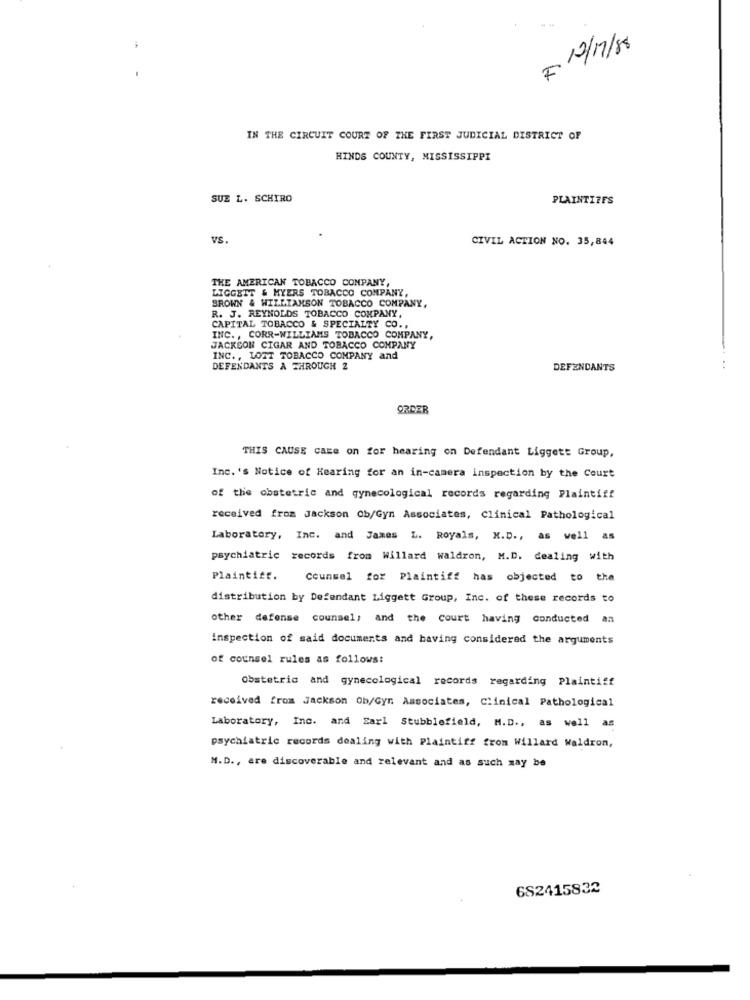
F 10/17/88
IN THE CIRCUIT COURT OF THE FIRST JUDICIAL DISTRICT OF
HINDS COUNTY, MISSISSIPPI
SUE L. SCHIRO
PLAINTIFFS
VS.
CIVIL ACTION NO. 35,844
THE AMERICAN TOBACCO COMPANY,
LIGGETT & MYERS TOBACCO COMPANY,
BROWN & WILLIAMSON TOBACCO COMPANY,
R. J. REYNOLDS TOBACCO COMPANY,
CAPITAL TOBACCO & SPECIALTY CO .,
INC ., CORR-WILLIAMS TOBACCO COMPANY,
JACKSON CIGAR AND TOBACCO COMPANY
INC ., LOTT TOBACCO COMPANY and
DEFENDANTS A THROUGH 2
DEFENDANTS
..
ORDER
THIS CAUSE CAER on for hearing on Defendant Ligget: Group,
Inc.'s Notice of Hearing for an in-camera inspection by the Court
of the obstetric and gynecological records regarding Plaintiff
received from Jackson Ob/Gyn Associates, Clinical Pathological
Laboratory, Inc. and James L. Royals, M.D ., as well as
psychiatric records from Willard waldron, M.D. dealing with
Plaintiff.
counsel for Plaintiff has objected to t
distribution by Defendant Liggett Group, Inc. of these records to
other defense counsel, and the court having conducted a
inspection of said documents and having considered the arguments
of counsel rules as follows:
Obstetric and gynecological records regarding Plaintiff
received from Jackson Ob/Gyn. Associates, Clinical Pathological
Laboratory, Inc. and Sarl Stubblefield, M.D ., as well as
psychiatric records dealing with Plaintiff from Willard Waldron,
M.D ., are discoverable and relevant and as such may be
682415832